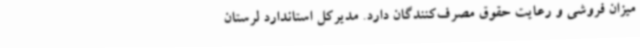
میزان فروشی و رعایت حقوق مصرف‌کنندگان دارد. مدیرکل استاندارد لرستان